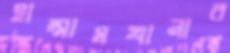
হাম্মামখানার